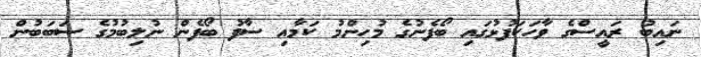
ނައިބު ރައީސްގެ ވާހަކަފުޅުގައި ބޯފެނުގެ މުހިންމު ކަމާއި ސާފު ބޯފެން ނުލިބުމުގެ ސަބަބުން